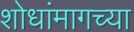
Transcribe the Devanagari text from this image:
शोधांमागच्या